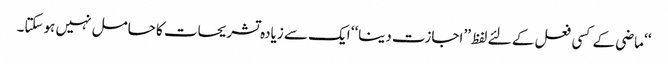
‘‘ ماضی کے کسی فعل کے لئے لفظ ’’اجازت دینا‘‘ ایک سے زیادہ تشریحات کا حامل نہیں ہوسکتا۔